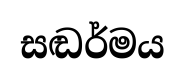
සඬර්මය